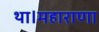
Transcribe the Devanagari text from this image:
था।महाराणा